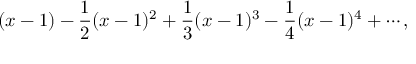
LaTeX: ( x - 1 ) - { \frac { 1 } { 2 } } ( x - 1 ) ^ { 2 } + { \frac { 1 } { 3 } } ( x - 1 ) ^ { 3 } - { \frac { 1 } { 4 } } ( x - 1 ) ^ { 4 } + \cdots ,